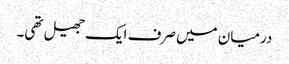
درمیان میں صرف ایک جھیل تھی۔